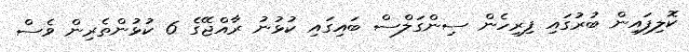
ކޮލިފައިން ބުރުގައި ފިރިހެން ސިންގަލްސް ބައިގައި ކުޅުނު ރާއްޖޭގެ 6 ކުޅުންތެރިން ވެސް